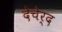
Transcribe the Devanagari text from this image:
देचेर्द